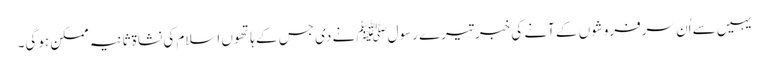
یہیں سے اُن سرفروشوں کے آنے کی خبر تیرے رسولﷺ نے دی جس کے ہاتھوں اسلام کی نشاۃ ثانیہ ممکن ہوگی۔